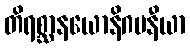
တိရစ္ဆာနယောနိဂမနီယာ